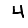
Digit: 4